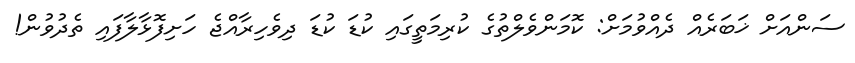
ސަންއަށް ޚަބަރެއް ދެއްވުމަށް: ކޮމަންވެލްތުގެ ކުރިމަތީގައި ކުޑަ ކުޑަ ދިވެހިރާއްޖެ ހަށިފޮޅާލާފައި ތެދުވުން!